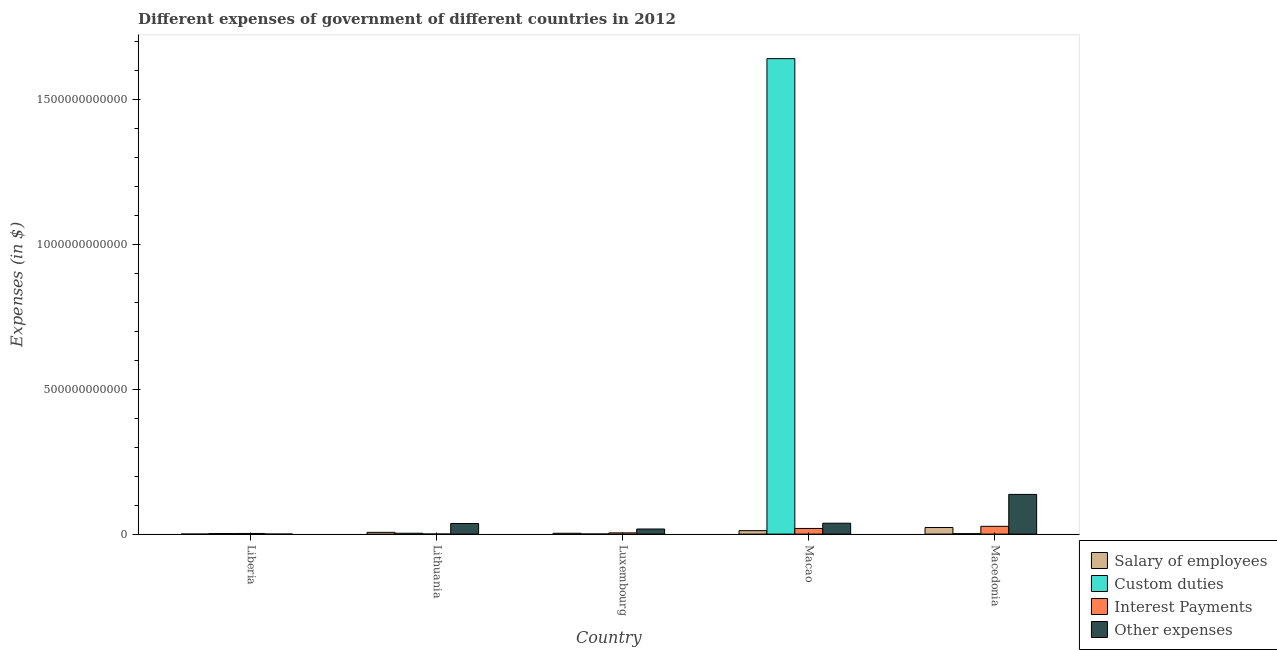
| Country | Salary of employees | Custom duties | Interest Payments | Other expenses |
 | --- | --- | --- | --- | --- |
 | Liberia | 2.47e+06 | 1.82e+09 | 2.16e+09 | 5.86e+06 |
 | Lithuania | 6.08e+09 | 2.96e+09 | 1.96e+08 | 3.65e+10 |
 | Luxembourg | 2.84e+09 | 2.5e+08 | 4.22e+09 | 1.76e+10 |
 | Macao | 1.19e+10 | 1.64e+12 | 1.95e+10 | 3.76e+10 |
 | Macedonia | 2.27e+10 | 1.53e+09 | 2.69e+10 | 1.37e+11 |